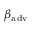
\beta _ { \mathrm { a d v } }